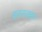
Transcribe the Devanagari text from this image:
फ़ाजलखान